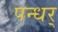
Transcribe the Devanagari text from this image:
पन्धर्